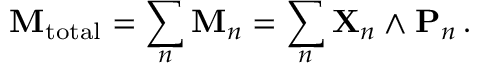
\mathbf { M } _ { \mathrm { t o t a l } } = \sum _ { n } \mathbf { M } _ { n } = \sum _ { n } \mathbf { X } _ { n } \wedge \mathbf { P } _ { n } \, .